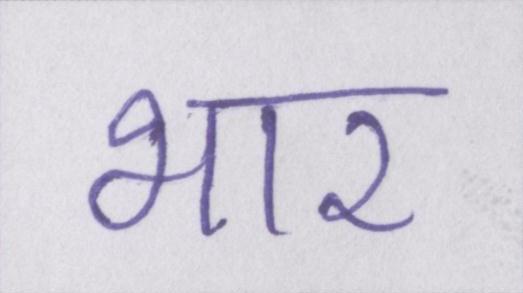
भार